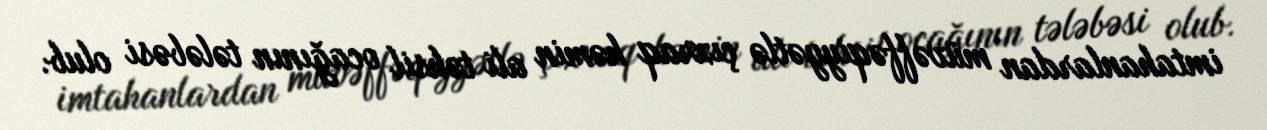
imtahanlardan müvəffəqiyyətlə çıxraq həmin ali təhsil ocağının tələbəsi olub.